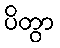
ပိတွာ